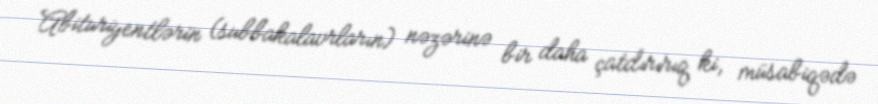
Abituriyentlərin (subbakalavrların) nəzərinə bir daha çatdırırıq ki, müsabiqədə